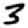
Digit: 3